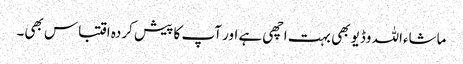
ماشاءاللہ وڈیو بھی بہت اچھی ہے اور آپ کا پیش کردہ اقتباس بھی۔